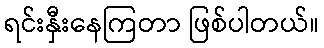
ရင်းနှီးနေကြတာ ဖြစ်ပါတယ်။